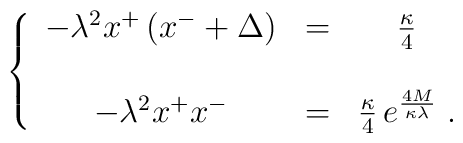
\left\{\begin{array}{ccc}-\lambda^2x^+\left(x^-+\Delta\right)&=&{\kappa\over4}\\\\-\lambda^2x^+x^-&=&{\kappa\over4}\,e^{\frac{4M}{\kappa\lambda}}\;.\end{array}\right.